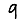
Digit: 9